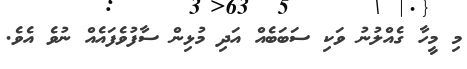
މި މީހާ ގެއްލުނު ވަކި ސަބަބެއް އަދި މުޅިން ސާފުވެފައެއް ނުވެ އެވެ.